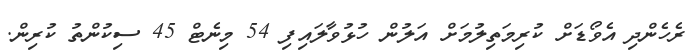
ރެހެންދި އެވޯޑަށް ކުރިމަތިލުމަށް އަލުން ހުޅުވާލައިފި 54 މިނެޓް 45 ސިކުންތު ކުރިން.